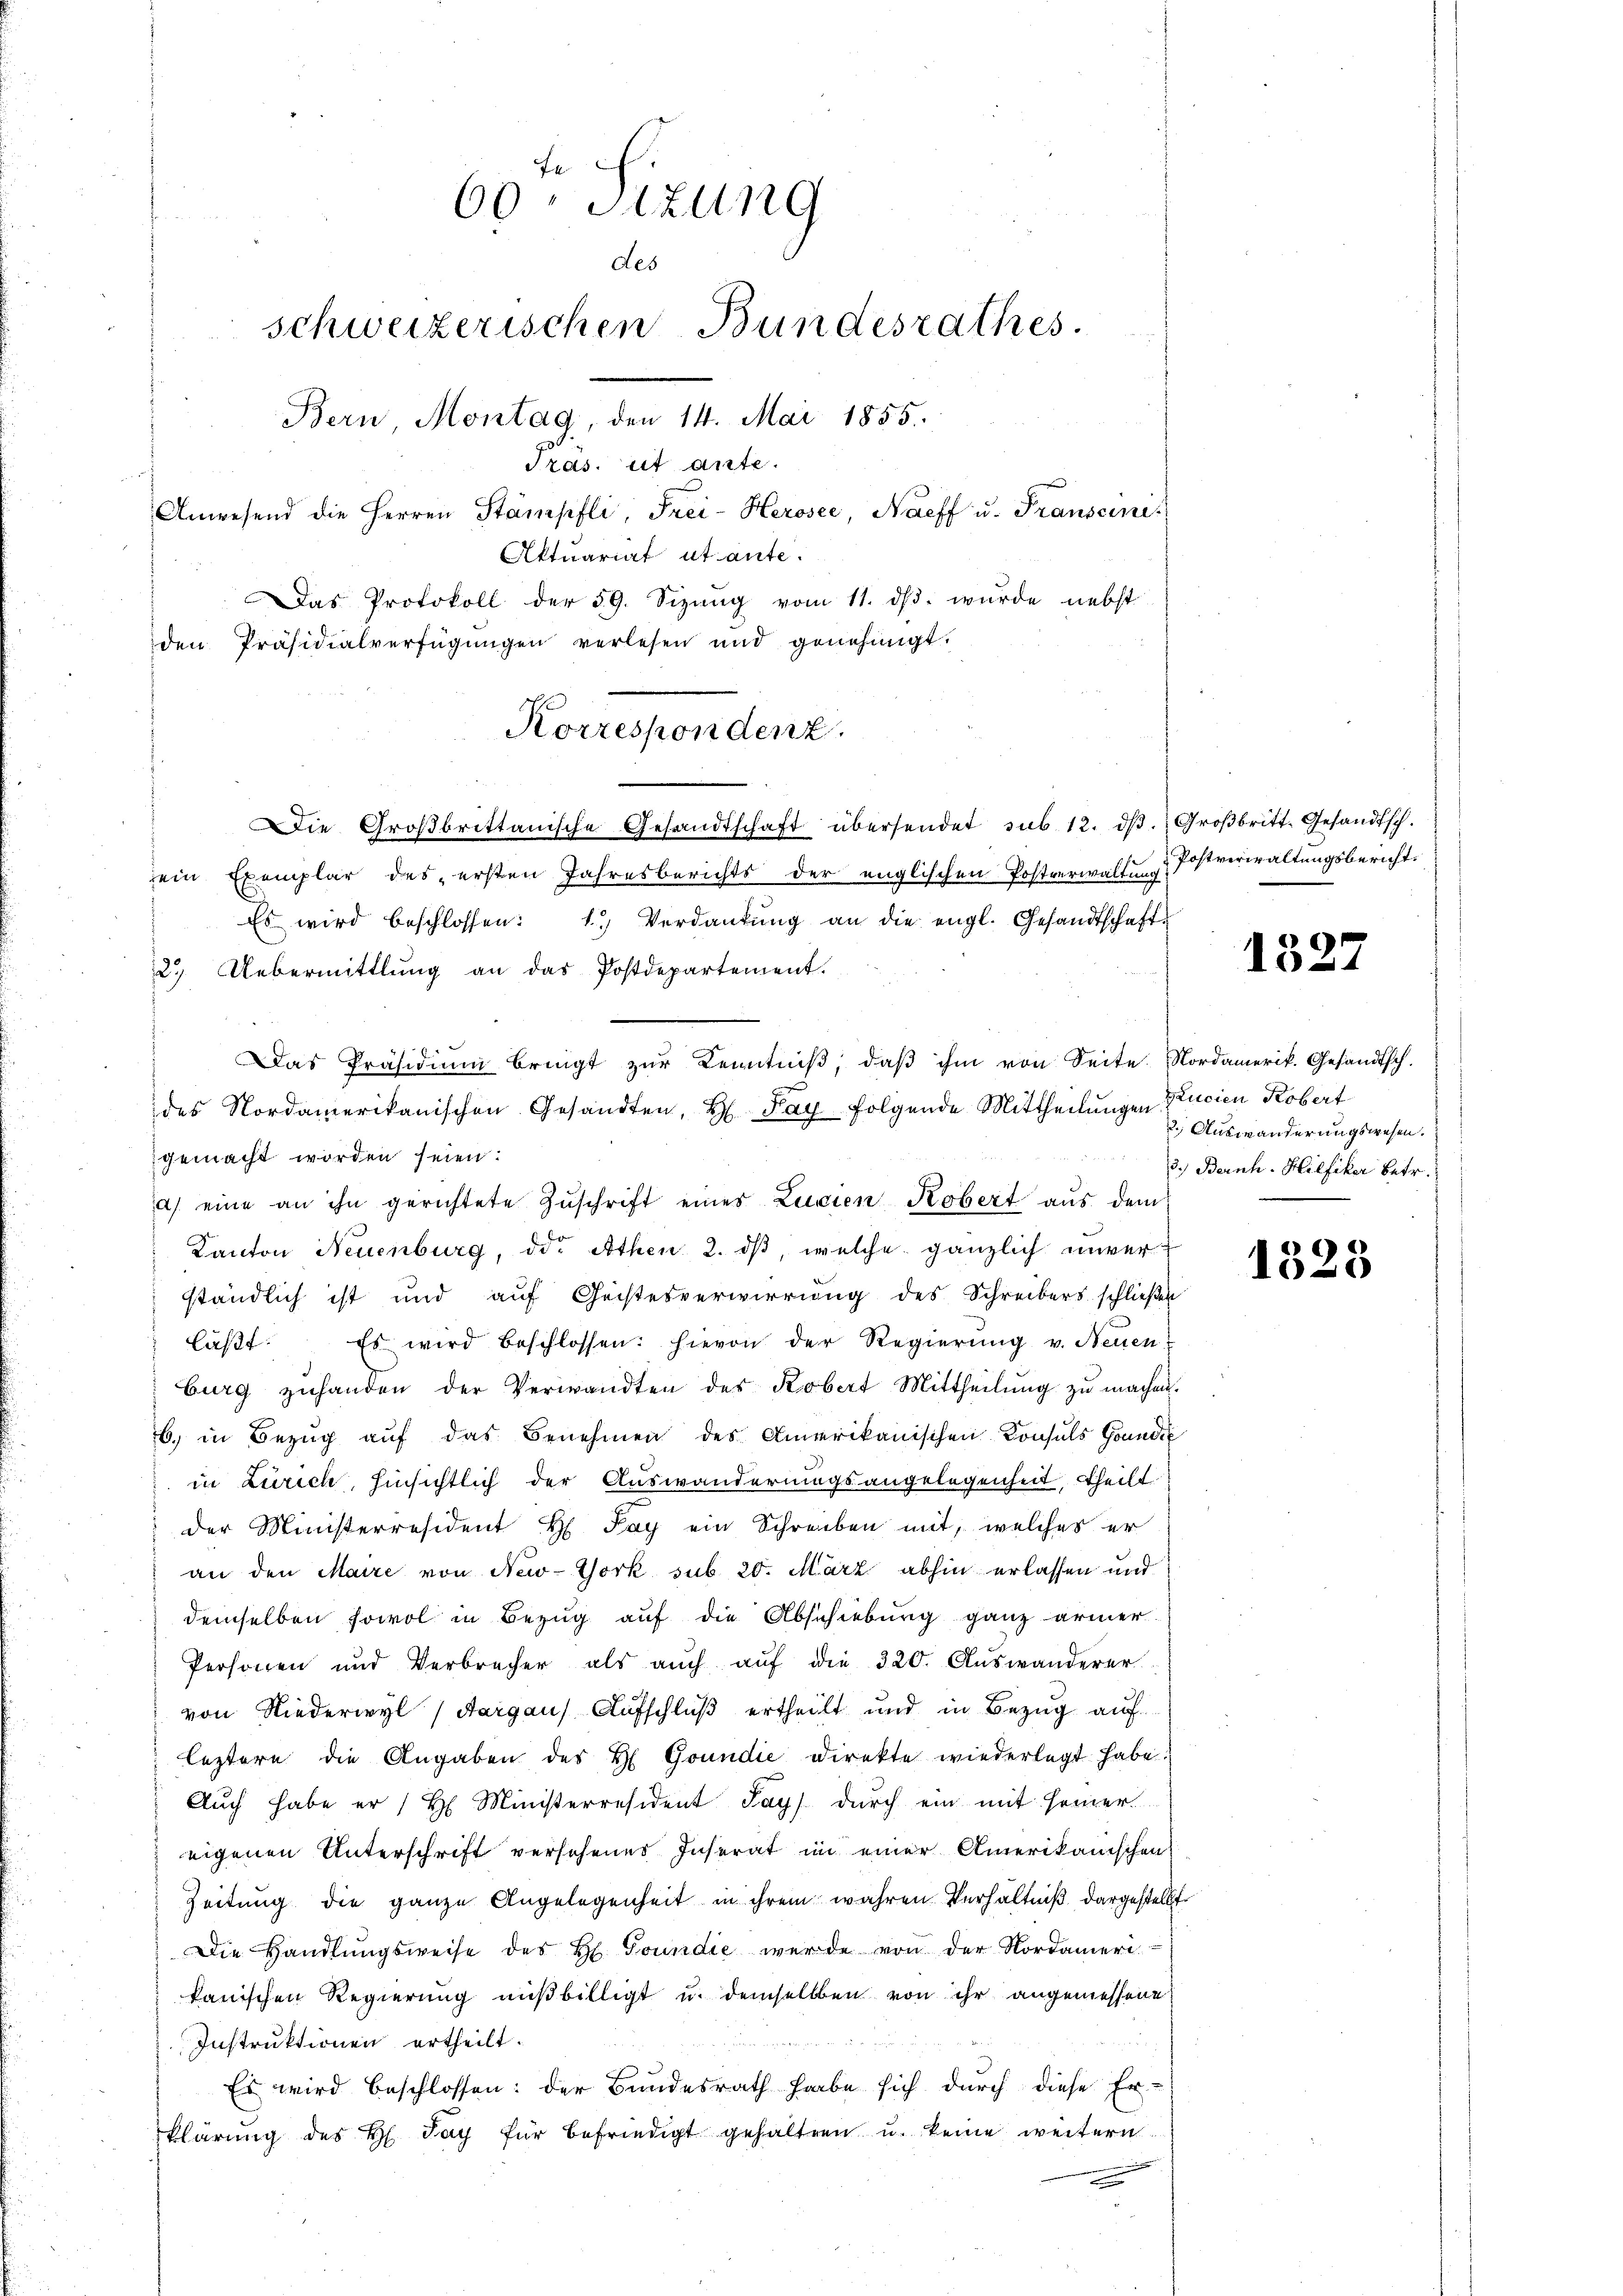
60 sizung
des
schweizerischen Bundesrathes.
Bern Montag, den 14. Mai 1855.
Tras. et ante.
Anwesend die Herren Stämpfli, Frei- Herosee, Naeff u. Transeine
Aktuariat ut ante.
Das Protokoll der 59. Sizŭng vom 11. ds. wurde nebst
den Präsidialverfügungen verlesen und genehmigt.

Korrespondenz.

Postverwaltungsbericht.

Die Großbrittanische Gesandtschaft übersendet sub. 12. ds. Großbritt. Gesandtsch.
ein Exemplar des ersten Jahresberichts der englischen Postverwaltung
Es wird beschlossen: 1.) Verdankŭng an die engl. Gesandtschaft-
2. Uebermittlung an das Postdepartement.

Das Präsidium bringt zŭr Kenntniβ, daβ ihm von Seite. Nordamerik. Gesandtsch.
des Nordamerikanischen Gesandten, H. Pay folgende Mittheilungen Zucien Kobert
gemacht worden seien:
a) eine an ihn gerichtete Zŭschrift einer Lucien Kobert aus dem
Kanton Neuenburg, der Athen 2. ds, welche gänzlich unverständlich ist und auf Geistesverwirrung des Schreibers schließen
läβt. Es wird beschlossen: hievon der Regierŭng v. Neuen-
burg zŭhanden der Verwandten der Kobert Mittheilŭng zŭ machen.
b. in Bezŭg aŭf das Benehmen des Amerikanischen Konsuls Grundi
in Zürich, hinsichtlich der Auswanderungsangelegenheit, theilt
der Ministerresident H. Pay ein Schreiben mit, welches er
an den Maire von New-York sub 20. März abhin erlassen und
demselben sowol in Bezug auf die Abschiebung ganz armer
Personen und Verbrecher als aŭch aŭf die 320. Auswanderer
von Niederwyl (Aargau) Aufschluß ertheilt und in Bezug auf
leztere die Angaben des H. Grundie Direkte wiederlegt habe.
Auch habe er / H Ministerresident Lays dŭrch ein mit seiner.
eigenen Unterschrift versehenes Inserat in einer Amerikanischen
Zeitung die ganze Angelegenheit in ihrem wahren Verhältniß dargestellt
Die Handlŭngsweise des H. Toundie werde von der Nordameri-
kanischen Regierung ausbilligt u. demselben von ihr angemessene
Instruktionen ertheilt.
Es wird beschlossen: der Bundesrath habe sich durch diese Erklärung des H. Jay für befriedigt gehalten u. keine weitern
e

1327

.) Auswanderungswesen.
3.) Bernh. Hilfiker betr.

1325